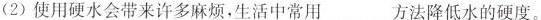
(2)使用硬水会带来许多麻烦，生活中常用___方法降低水的硬度。